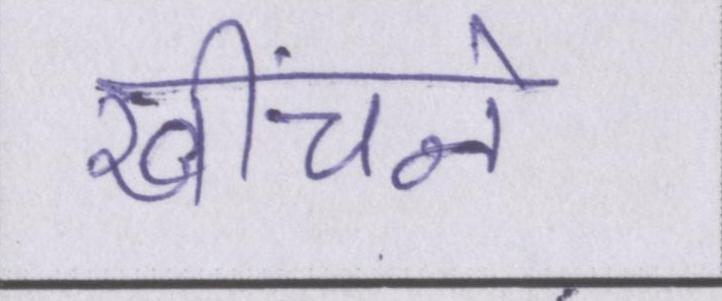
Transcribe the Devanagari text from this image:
खींचने